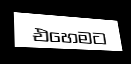
එහෙමට